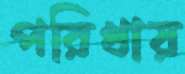
পরিখায়